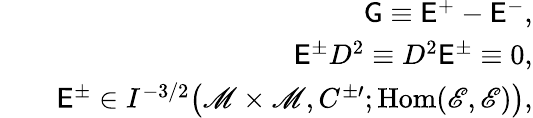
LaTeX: \begin{array}{rlr}&{}&{\mathsf{G}\equiv\mathsf{E}^{+}-\mathsf{E}^{-},}\\ &{}&{\mathsf{E}^{\pm}D^{2}\equiv D^{2}\mathsf{E}^{\pm}\equiv 0,}\\ &{}&{\mathsf{E}^{\pm}\in I^{-3/2}\big(\mathscr{M}\times\mathscr{M},C^{\pm\prime};\mathrm{Hom}({\mathscr{E},\mathscr{E}})\big),}\end{array}